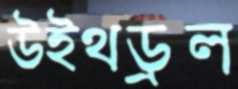
উইথড্রল